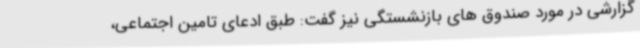
گزارشی در مورد صندوق های بازنشستگی نیز گفت: طبق ادعای تامین اجتماعی،